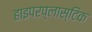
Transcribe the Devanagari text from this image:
हाइपरप्लास्टिक